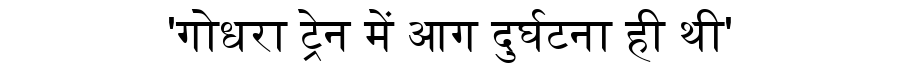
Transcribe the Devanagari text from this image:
'गोधरा ट्रेन में आग दुर्घटना ही थी'